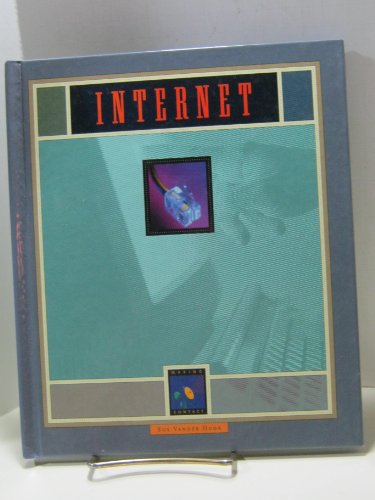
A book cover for Internet (Making Contact); Sue Vander Hook; Children's Books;